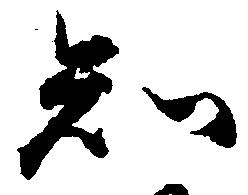
知